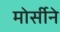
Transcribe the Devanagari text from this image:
मोर्सीने